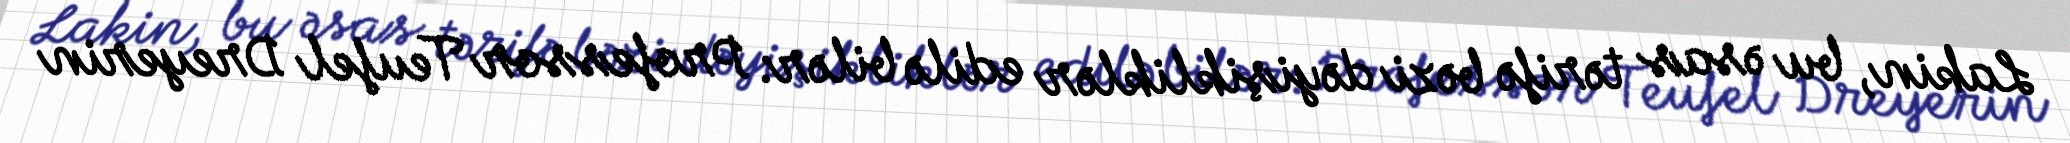
Lakin, bu əsas tərifə bəzi dəyişikliklər edilə bilər: Professor Teufel Dreyerin